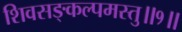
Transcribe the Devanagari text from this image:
शिवसङ्कल्पमस्तु॥१॥